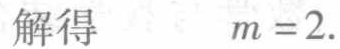
解得 \(m = 2\).